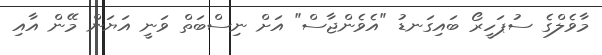
މާވެލްގެ ސުޕަހީރޯ ބައިގަނޑު "އެވެންޖާސް" އަށް ނިސްބަތް ވަނީ އަޔަން މޭން އާއި